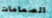
الصمامات